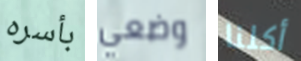
بأسره وضعي أكلنا